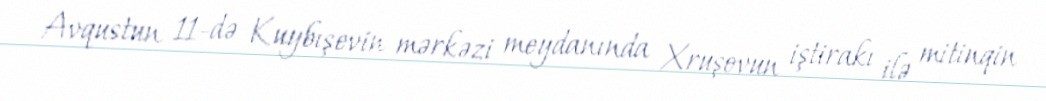
Avqustun 11-də Kuybışevin mərkəzi meydanında Xruşovun iştirakı ilə mitinqin